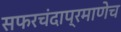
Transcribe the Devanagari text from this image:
सफरचंदाप्रमाणेच